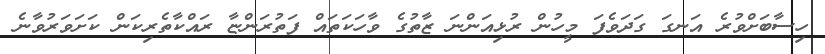
ހިސާބަށްވުރެ އަނގަ ގަދަވެފަ މީހުން ރުޅިއަންނަ ޒާތުގެ ވާހަކަތައް ފަތުރަންޏާ ރައްކާތެރިކަން ކަށަވަރުވާނެ